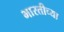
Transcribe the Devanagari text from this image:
भारतीच्या